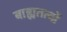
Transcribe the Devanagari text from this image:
बाह्यतत्वों